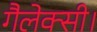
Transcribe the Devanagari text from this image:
गैलेक्सी।